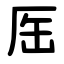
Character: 厒